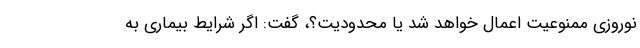
نوروزی ممنوعیت اعمال خواهد شد یا محدودیت؟، گفت: اگر شرایط بیماری به